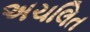
અચલિત